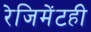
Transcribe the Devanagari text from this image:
रेजिमेंटही